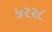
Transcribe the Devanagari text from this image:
५२२८